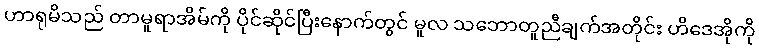
ဟာရုမိသည် တာမူရာအိမ်ကို ပိုင်ဆိုင်ပြီးနောက်တွင် မူလ သဘောတူညီချက်အတိုင်း ဟိဒေအိုကို